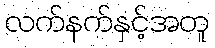
လက်နက်နှင့်အတူ